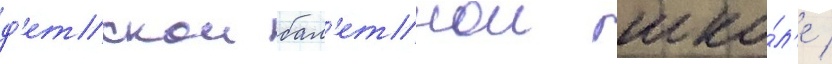
д'етскои бал'етнои шко́л'е /